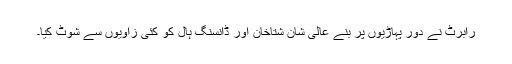
رابرٹ نے دُور پہاڑیوں پر بنے عالی شان شتاخان اور ڈانسنگ ہال کو کئی زاویوں سے شوٹ کیا۔